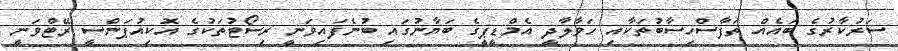
ސަރުކާރުގެ ބައެއް ތަފާސްހިސާބުތަކާއި ހަވާލާދީ އެމްޑީޕީގެ ބަޔާނުގައި ބުނެފައިވަނީ ރިސޯޓުތަކުގެ އޮކިއުޕަންސީ ރޭޓްވަނީ